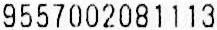
9557002081113